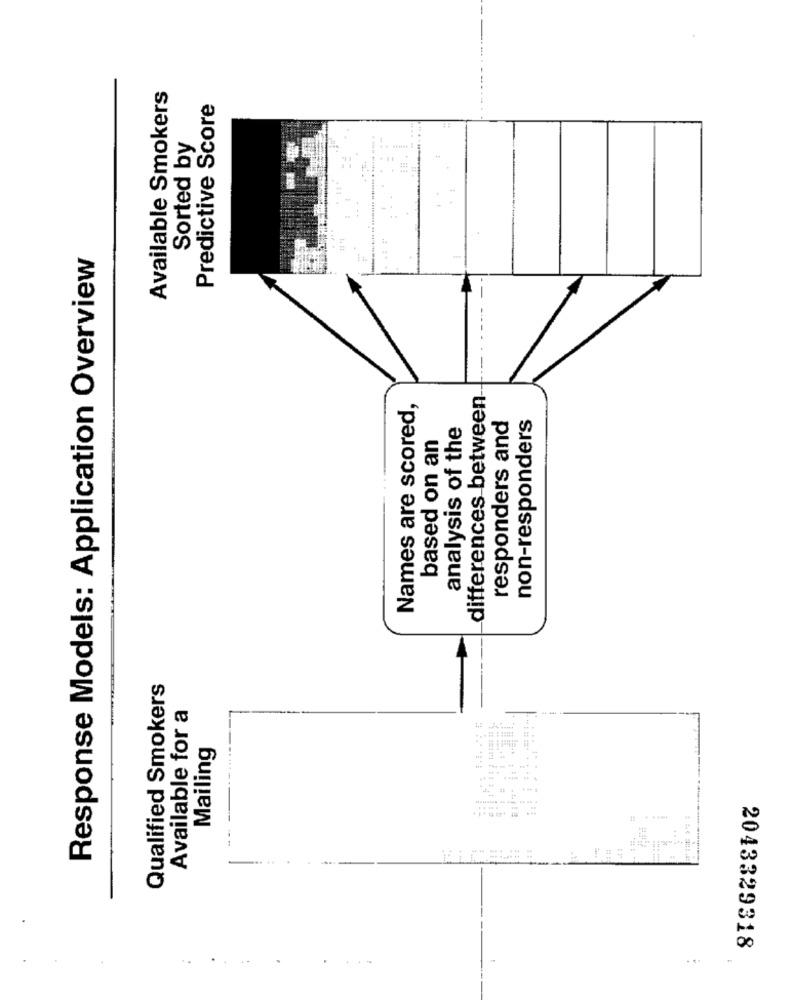
Available Smokers
Predictive Score
Sorted by
Response Models: Application Overview
differences between
Names are scored,
non-responders
analysis of the
responders and
based on an
Qualified Smokers
Available for a
.. ... .
Mailing
2043329318